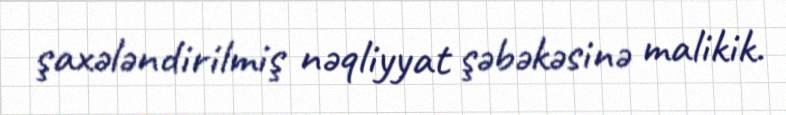
şaxələndirilmiş nəqliyyat şəbəkəsinə malikik.